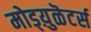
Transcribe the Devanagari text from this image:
मोड्य़ुळॆटर्स